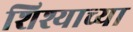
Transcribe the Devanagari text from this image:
शिश्याच्या